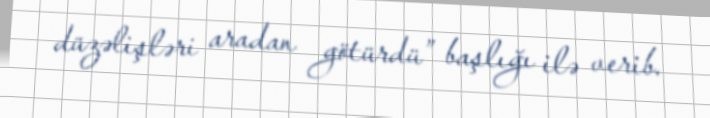
düzəlişləri aradan götürdü” başlığı ilə verib.